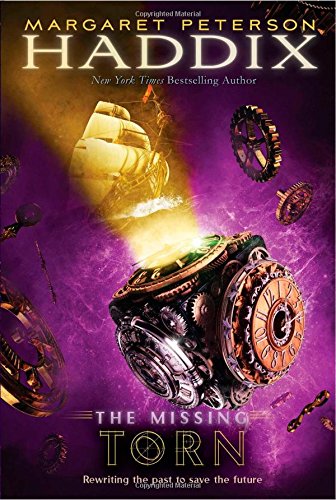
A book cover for Torn (The Missing); Margaret Peterson Haddix; Children's Books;